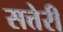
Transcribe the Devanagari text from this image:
सत्तेरी